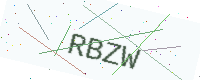
Text: RBZW